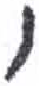
אות: ו